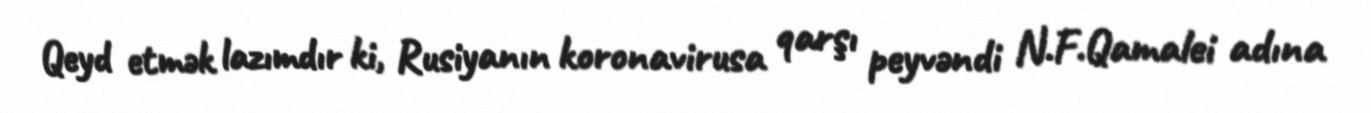
Qeyd etmək lazımdır ki, Rusiyanın koronavirusa qarşı peyvəndi N.F.Qamalei adına